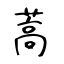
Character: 蒿